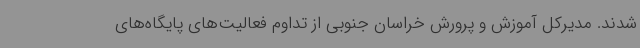
شدند. مدیرکل آموزش و پرورش خراسان جنوبی از تداوم فعالیت‌های پایگاه‌های